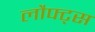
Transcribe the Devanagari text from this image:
लौफ्ट्स